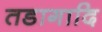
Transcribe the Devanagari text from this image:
तडागादि